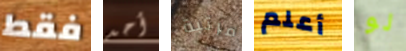
فقط أحد مرتبة أعلم لو